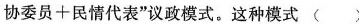
协委员+民情代表“议政模式。这种模式 （ ）